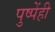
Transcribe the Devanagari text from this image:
पुष्पेंही